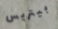
بيتريس